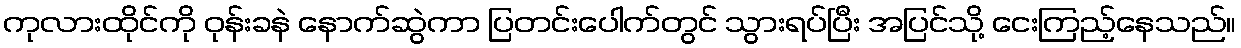
ကုလားထိုင်ကို ဝုန်းခနဲ နောက်ဆွဲကာ ပြတင်းပေါက်တွင် သွားရပ်ပြီး အပြင်သို့ ငေးကြည့်နေသည်။